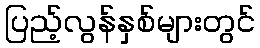
ပြည့်လွန်နှစ်များတွင်